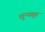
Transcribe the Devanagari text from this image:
शून्यगृह